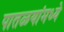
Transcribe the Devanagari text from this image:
पातळयांमध्ये